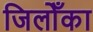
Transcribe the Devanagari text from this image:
जिलोँका